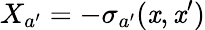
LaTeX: X_{a^{\prime}}=-\sigma_{a^{\prime}}(\mathit{x},\mathit{x}^{\prime})